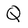
Character: Q